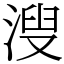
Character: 溲